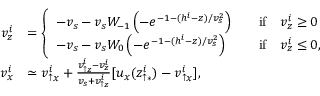
\begin{array} { r l } { v _ { z } ^ { i } } & { = \left\{ \begin{array} { l l } { - v _ { s } - v _ { s } W _ { - 1 } \left( - e ^ { - 1 - ( h ^ { i } - z ) / v _ { s } ^ { 2 } } \right) } & { \quad \mathrm { i f } \quad v _ { z } ^ { i } \geq 0 } \\ { - v _ { s } - v _ { s } W _ { 0 } \left( - e ^ { - 1 - ( h ^ { i } - z ) / v _ { s } ^ { 2 } } \right) } & { \quad \mathrm { i f } \quad v _ { z } ^ { i } \leq 0 , } \end{array} \right. } \\ { v _ { x } ^ { i } } & { \simeq v _ { \uparrow x } ^ { i } + \frac { v _ { \uparrow z } ^ { i } - v _ { z } ^ { i } } { v _ { s } + v _ { \uparrow z } ^ { i } } [ u _ { x } ( z _ { \uparrow \ast } ^ { i } ) - v _ { \uparrow x } ^ { i } ] , } \end{array}